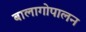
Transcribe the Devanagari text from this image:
बालागोपालन